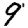
Digit: 9